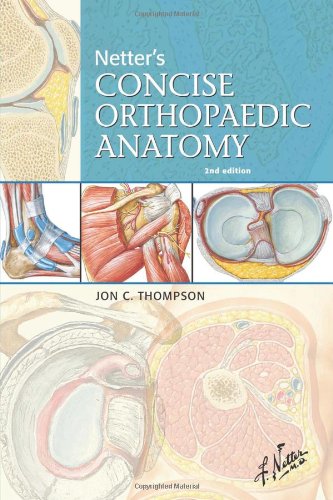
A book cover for Netter's Concise Orthopaedic Anatomy, 2e (Netter Basic Science); Jon C. Thompson MD; Medical Books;